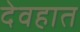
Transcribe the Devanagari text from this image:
देवहात